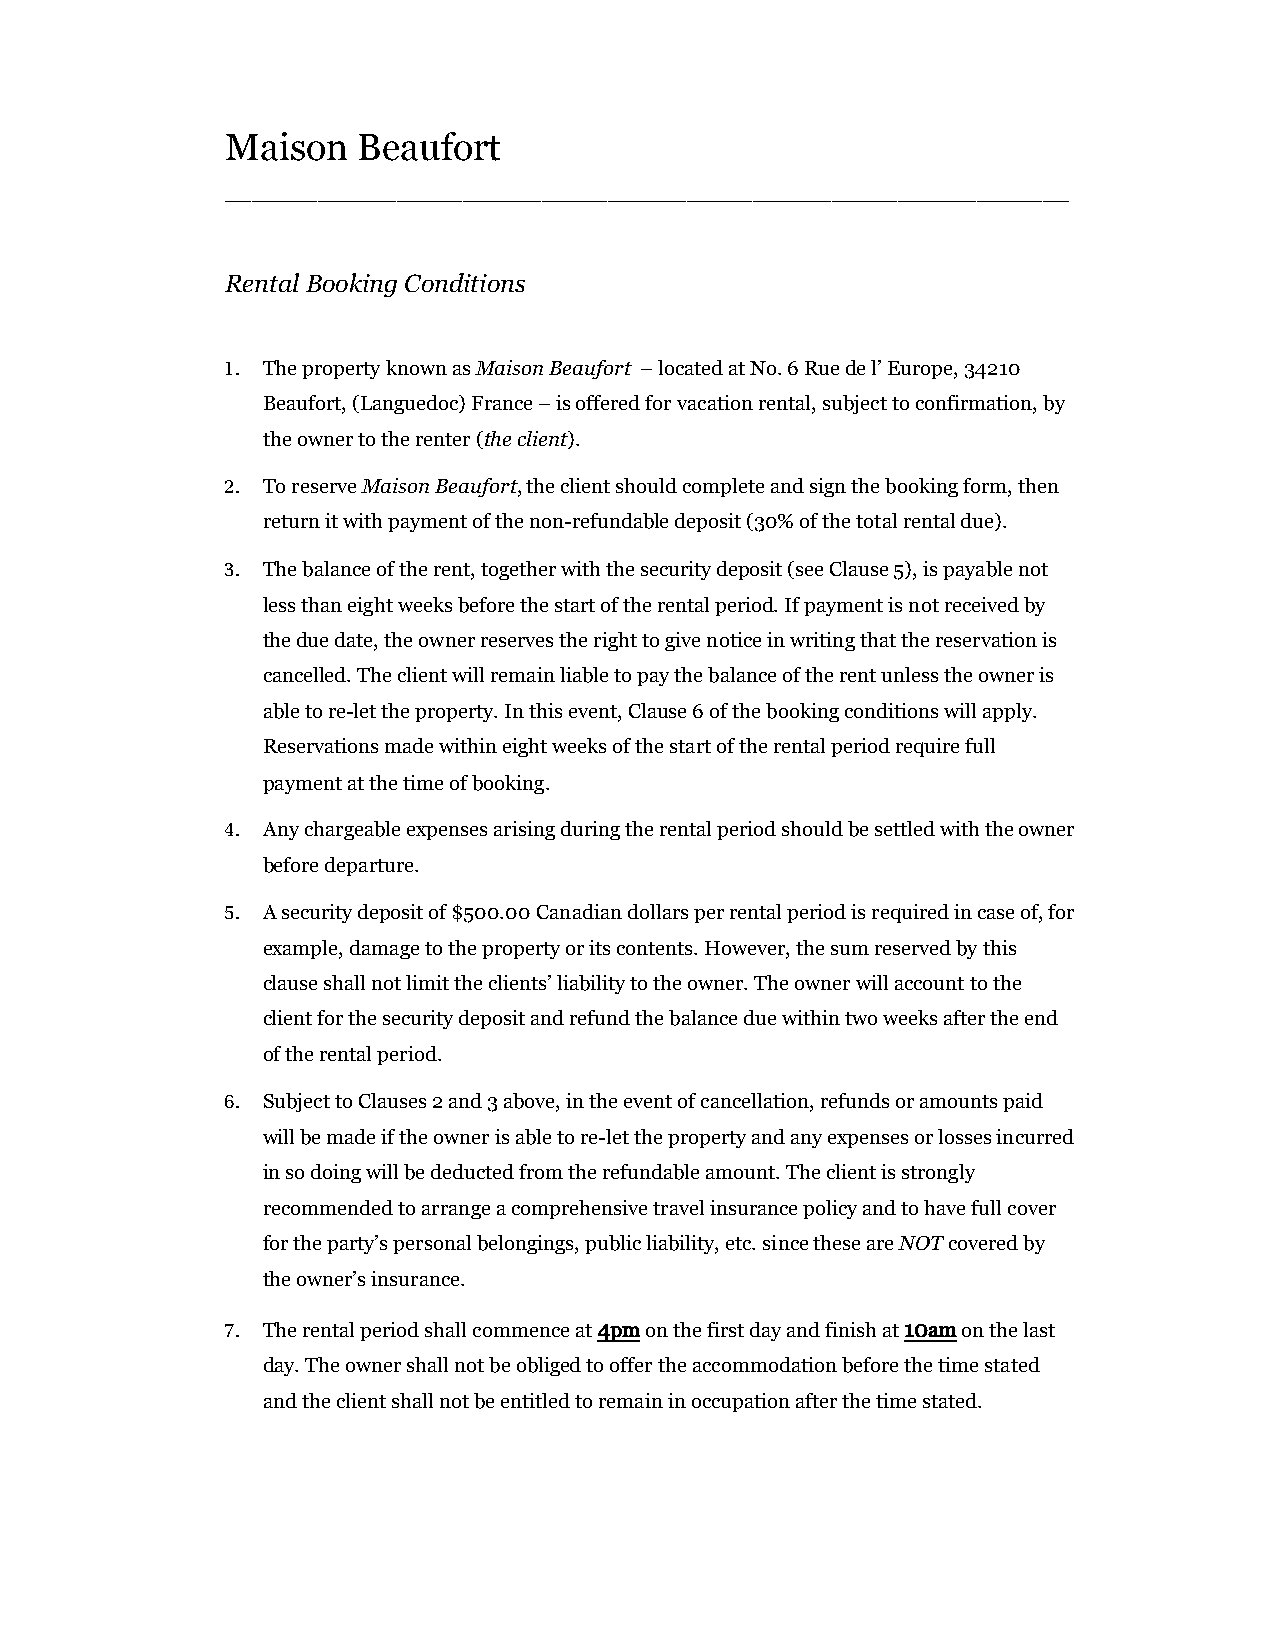
Maison   Beaufort
 ________________________________________________________________
 Rental Booking Conditions
 1. The property known as Maison Beaufort – located at No. 6 Rue de l’ Europe, 34210
 Beaufort, (Languedoc) France – is offered for vacation rental, subject to confirmation, by
 the owner to the renter (the client).
 2. To reserve Maison Beaufort, the client should complete and sign the booking form, then
 return it with payment of the non-refundable deposit (30% of the total rental due).
 3. The balance of the rent, together with the security deposit (see Clause 5), is payable not
 less than eight weeks before the start of the rental period. If payment is not received by
 the due date, the owner reserves the right to give notice in writing that the reservation is
 cancelled. The client will remain liable to pay the balance of the rent unless the owner is
 able to re-let the property. In this event, Clause 6 of the booking conditions will apply.
 Reservations made within eight weeks of the start of the rental period require full
 payment at the time of booking.
 4. Any chargeable expenses arising during the rental period should be settled with the owner
 before departure.
 5. A security deposit of $500.00 Canadian dollars per rental period is required in case of, for
 example, damage to the property or its contents. However, the sum reserved by this
 clause shall not limit the clients’ liability to the owner. The owner will account to the
 client for the security deposit and refund the balance due within two weeks after the end
 of the rental period.
 6. Subject to Clauses 2 and 3 above, in the event of cancellation, refunds or amounts paid
 will be made if the owner is able to re-let the property and any expenses or losses incurred
 in so doing will be deducted from the refundable amount. The client is strongly
 recommended to arrange a comprehensive travel insurance policy and to have full cover
 for the party’s personal belongings, public liability, etc. since these are NOT covered by
 the owner’s insurance.
 7. The rental period shall commence at 4pm on the first day and finish at 10am on the last
 day. The owner shall not be obliged to offer the accommodation before the time stated
 and the client shall not be entitled to remain in occupation after the time stated.